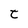
Character: t